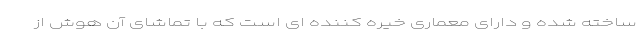
ساخته شده و دارای معماری خیره کننده ای است که با تماشای آن هوش از